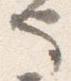
也